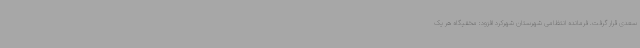
سعدی قرار گرفت. فرمانده انتظامی شهرستان شهرکرد افزود: مخفیگاه هر یک